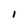
Character: I